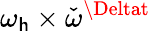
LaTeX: \omega_{\mathsf{h}}\times\check{{\omega}}^{\Deltat}